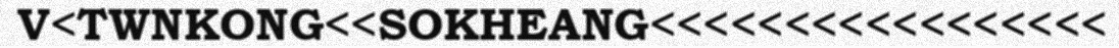
V<TWNKONG<<SOKHEANG<<<<<<<<<<<<<<<<<